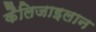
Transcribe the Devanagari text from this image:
कैलिजाइलान